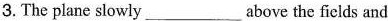
3.The plane slowly___above the fields and